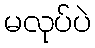
မလုပ်ပဲ